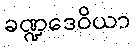
ခဏ္ဍဒေဝိယာ